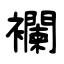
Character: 襴